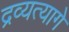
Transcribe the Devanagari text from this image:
द्रव्यत्यागे